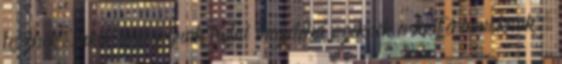
Lesznek, akik nem fognak tudni megfelelni ezeknek a kritériumoknak,